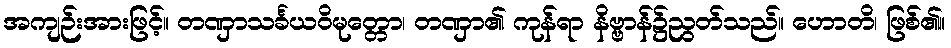
အကျဉ်းအားဖြင့်။ တဏှာသင်္ခယဝိမုတ္တော၊ တဏှာ၏ ကုန်ရာ နိဗ္ဗာန်၌ညွတ်သည်။ ဟောတိ၊ ဖြစ်၏။